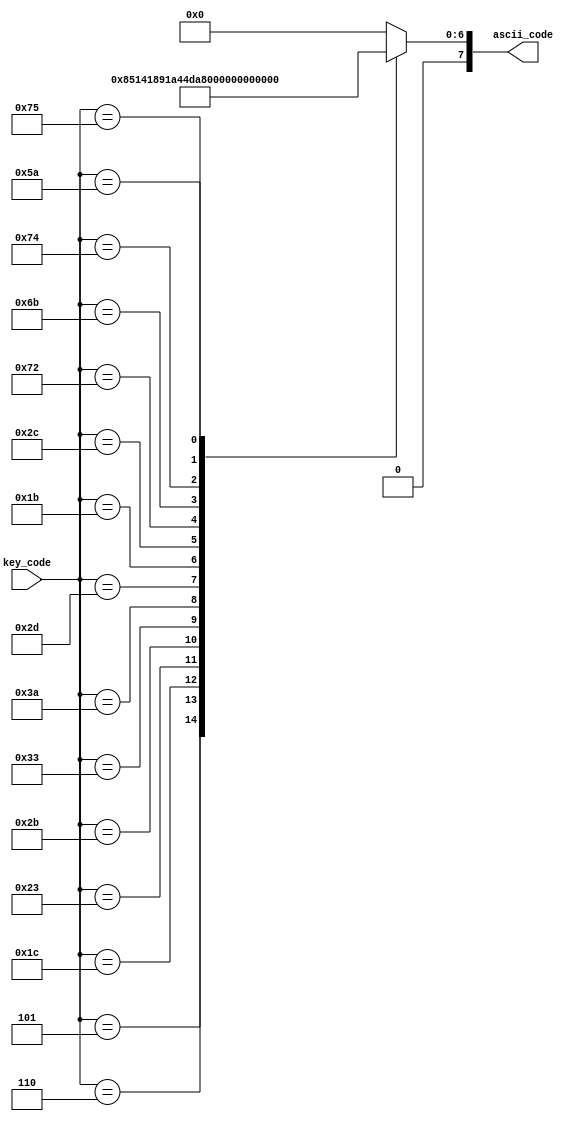
module keycode_to_ascii
(
input wire [7:0] key_code,
output reg [7:0] ascii_code
);
always@*
begin
	case(key_code)
		8'h05: ascii_code = 8'h21;
		8'h06: ascii_code = 8'h22;
		8'h1c: ascii_code = 8'h41;
		8'h23: ascii_code = 8'h44;
		8'h2b: ascii_code = 8'h46;
		8'h33: ascii_code = 8'h48;
		8'h3a: ascii_code = 8'h4d;
		8'h2d: ascii_code = 8'h52;
		8'h1b: ascii_code = 8'h53;
		8'h2c: ascii_code = 8'h54;
		8'h72: ascii_code = 8'h35;
		8'h6b: ascii_code = 8'h34;
		8'h74: ascii_code = 8'h36;
		8'h75: ascii_code = 8'h38;
		8'h5a: ascii_code = 8'h0d;
		default ascii_code = 8'b0;
	endcase
end
endmodule